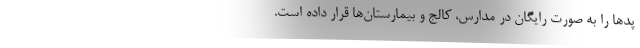
پدها را به صورت رایگان در مدارس، کالج و بیمارستان‌ها قرار داده است.